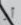
أو